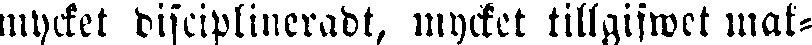
mycket disciplineradt, mycket tillgifwet mak-